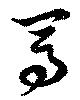
焉